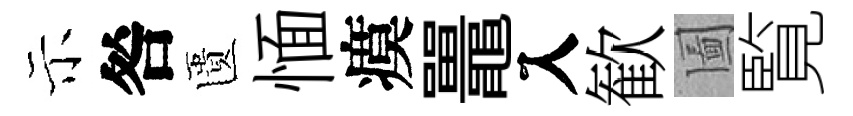
示咎匱愐瘼鼉入歓圗覧